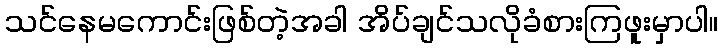
သင်နေမကောင်းဖြစ်တဲ့အခါ အိပ်ချင်သလိုခံစားကြဖူးမှာပါ။